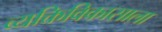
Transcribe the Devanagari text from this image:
व्यक्तिविकासाला